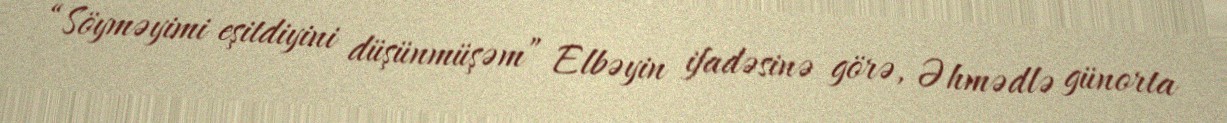
“Söyməyimi eşitdiyini düşünmüşəm” Elbəyin ifadəsinə görə, Əhmədlə günorta